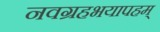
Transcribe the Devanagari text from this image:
नवग्रहभयापहम्